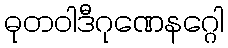
ဓုတဝါဒီဂုဏေနဂ္ဂေါ